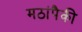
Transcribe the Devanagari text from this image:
मठांपैकी